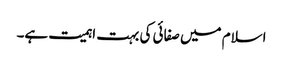
اسلام میں صفائی کی بہت اہمیت ہے۔